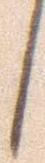
候